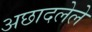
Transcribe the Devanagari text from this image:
अछादलेले